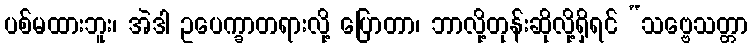
ပစ်မထားဘူး၊ အဲဒါ ဥပေက္ခာတရားလို့ ပြောတာ၊ ဘာလို့တုန်းဆိုလို့ရှိရင် “သဗ္ဗေသတ္တာ